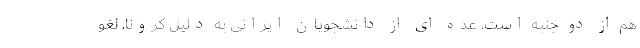
هم از دو جنبه است، عده ای از دانشجویان ایرانی به دلیل کرونا، لغو